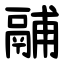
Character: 鬴